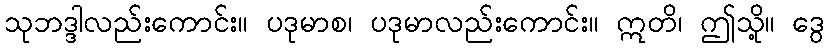
သုဘဒ္ဒါလည်းကောင်း။ ပဒုမာစ၊ ပဒုမာလည်းကောင်း။ ဣတိ၊ ဤသို့။ ဒွေ